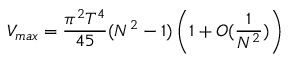
V _ { m a x } = { \frac { \pi ^ { 2 } T ^ { 4 } } { 4 5 } } ( N ^ { 2 } - 1 ) \left( 1 + O ( { \frac { 1 } { N ^ { 2 } } } ) \right)